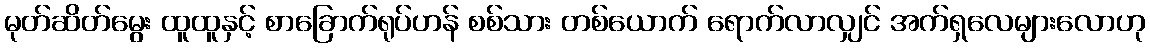
မုတ်ဆိတ်မွေး ထူထူနှင့် စာခြောက်ရုပ်ဟန် စစ်သား တစ်ယောက် ရောက်လာလျှင် အက်ရှလေများလောဟု